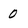
Character: 0